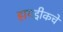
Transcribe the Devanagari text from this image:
हायड्रीकचे